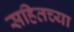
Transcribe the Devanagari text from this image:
सहितच्या